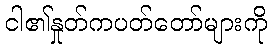
ငါ၏နှုတ်ကပတ်တော်များကို